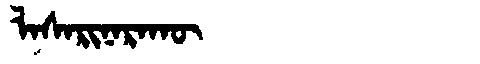
Manchu: ᠯᠠᠰᠠᡵᡳᠨᠠᡵᠠᡴᡡ
Romanization: LASARINARAKŪ